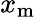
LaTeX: x_{\mathrm{m}}